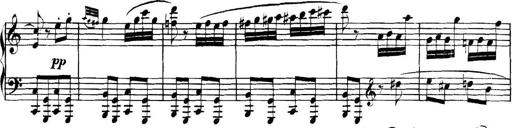
Title: Collected Piano Sonatas
Composer: Muzio Clementi